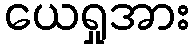
ယေရှုအား